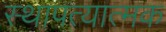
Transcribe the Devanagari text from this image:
स्थापत्यात्मक